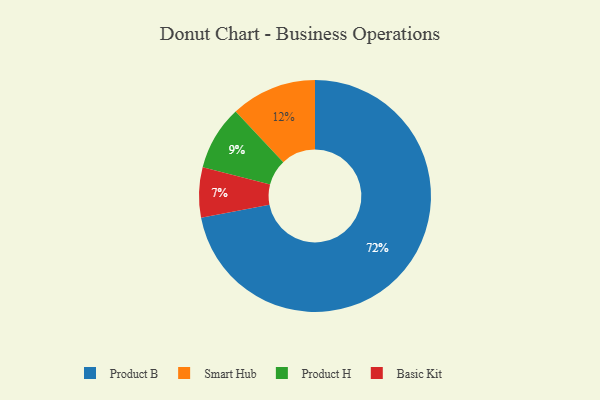
{"axis": {"x": "Category", "y": "Percentage"}, "legend": ["Basic Kit", "Product B", "Product H", "Smart Hub"], "data": [{"x": "Product H", "y": 9, "type": "Product H"}, {"x": "Product B", "y": 72, "type": "Product B"}, {"x": "Basic Kit", "y": 7, "type": "Basic Kit"}, {"x": "Smart Hub", "y": 12, "type": "Smart Hub"}]}